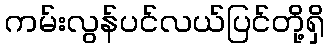
ကမ်းလွန်ပင်လယ်ပြင်တို့ရှိ